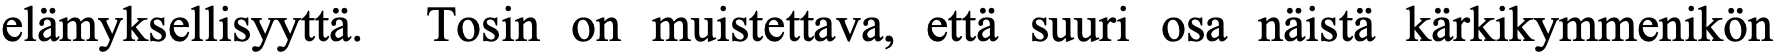
elämyksellisyyttä. Tosin on muistettava, että suuri osa näistä kärkikymmenikön